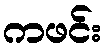
ကဖင်း